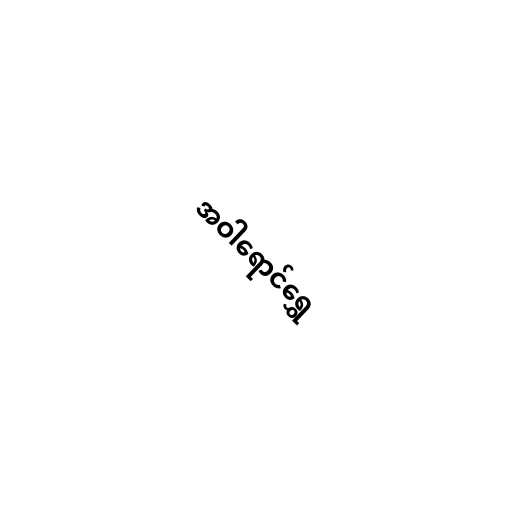
အဝါရောင်ရွှေ